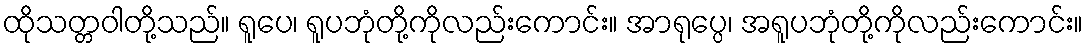
ထိုသတ္တဝါတို့သည်။ ရူပေ၊ ရူပဘုံတို့ကိုလည်းကောင်း။ အာရုပ္ပေ၊ အရူပဘုံတို့ကိုလည်းကောင်း။